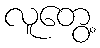
လူတွေ့